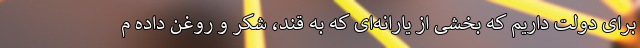
برای دولت داریم که بخشی از یارانه‌ای که به قند، شکر و روغن داده م